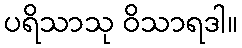
ပရိသာသု ဝိသာရဒါ။